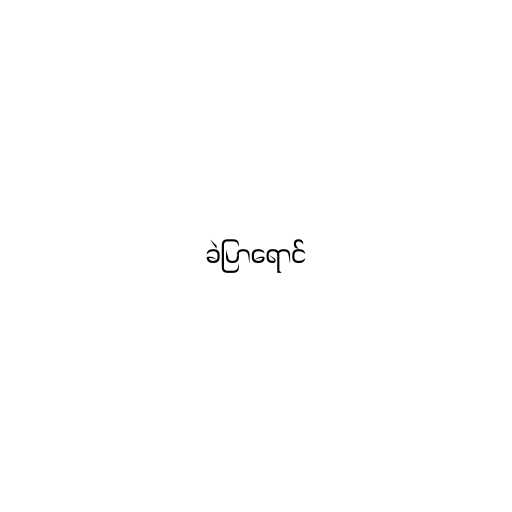
ခဲပြာရောင်